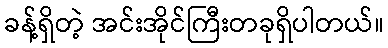
ခန့်ရှိတဲ့ အင်းအိုင်ကြီးတခုရှိပါတယ်။